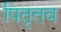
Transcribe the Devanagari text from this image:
पितृतव